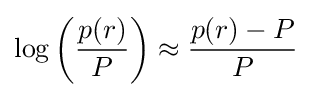
\log \left({\frac {p(r)}{P}}\right)\approx {\frac {p(r)-P}{P}}